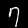
Digit: 7